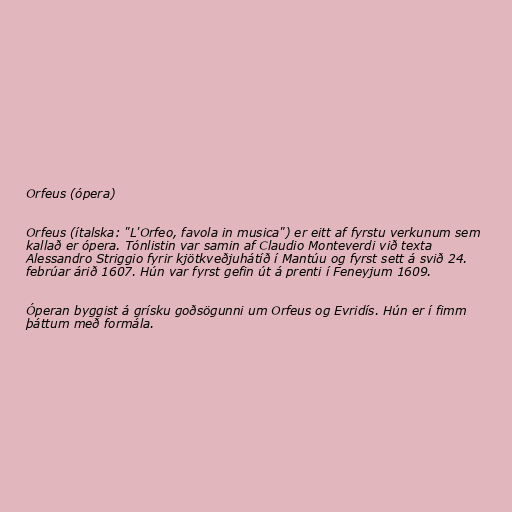
Orfeus (ópera)

Orfeus (ítalska: "L'Orfeo, favola in musica") er eitt af fyrstu verkunum sem
kallað er ópera. Tónlistin var samin af Claudio Monteverdi við texta
Alessandro Striggio fyrir kjötkveðjuhátíð í Mantúu og fyrst sett á svið 24.
febrúar árið 1607. Hún var fyrst gefin út á prenti í Feneyjum 1609.

Óperan byggist á grísku goðsögunni um Orfeus og Evridís. Hún er í fimm
þáttum með formála.